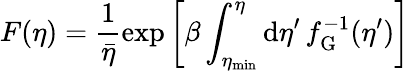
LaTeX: F(\eta)=\frac{1}{\bar{\eta}}\exp\left[\beta\int_{\eta_{\mathrm{min}}}^{\eta}\mathrm{d}\eta^{\prime}\, f_{\mathrm{G}}^{-1}(\eta^{\prime})\right]